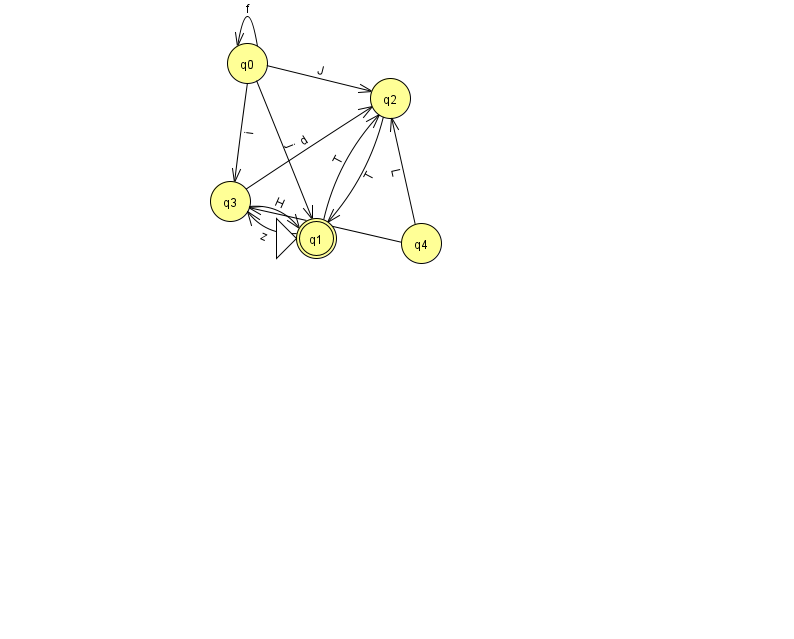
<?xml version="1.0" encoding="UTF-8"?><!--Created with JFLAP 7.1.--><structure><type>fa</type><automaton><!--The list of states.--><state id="0" name="q0"><x>247.0</x><y>50.0</y></state><state id="1" name="q1"><x>316.0</x><y>225.0</y><initial/><final/></state><state id="2" name="q2"><x>390.0</x><y>85.0</y></state><state id="3" name="q3"><x>230.0</x><y>188.0</y></state><state id="4" name="q4"><x>421.0</x><y>230.0</y></state><!--The list of transitions.--><transition><from>3</from><to>2</to><read>d</read></transition><transition><from>1</from><to>2</to><read>T</read></transition><transition><from>2</from><to>1</to><read>T</read></transition><transition><from>0</from><to>0</to><read>f</read></transition><transition><from>0</from><to>3</to><read>i</read></transition><transition><from>4</from><to>2</to><read>L</read></transition><transition><from>3</from><to>1</to><read>H</read></transition><transition><from>0</from><to>2</to><read>J</read></transition><transition><from>4</from><to>3</to><read>L</read></transition><transition><from>0</from><to>1</to><read>j</read></transition><transition><from>1</from><to>3</to><read>z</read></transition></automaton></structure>